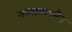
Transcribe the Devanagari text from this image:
नामाकालैंड